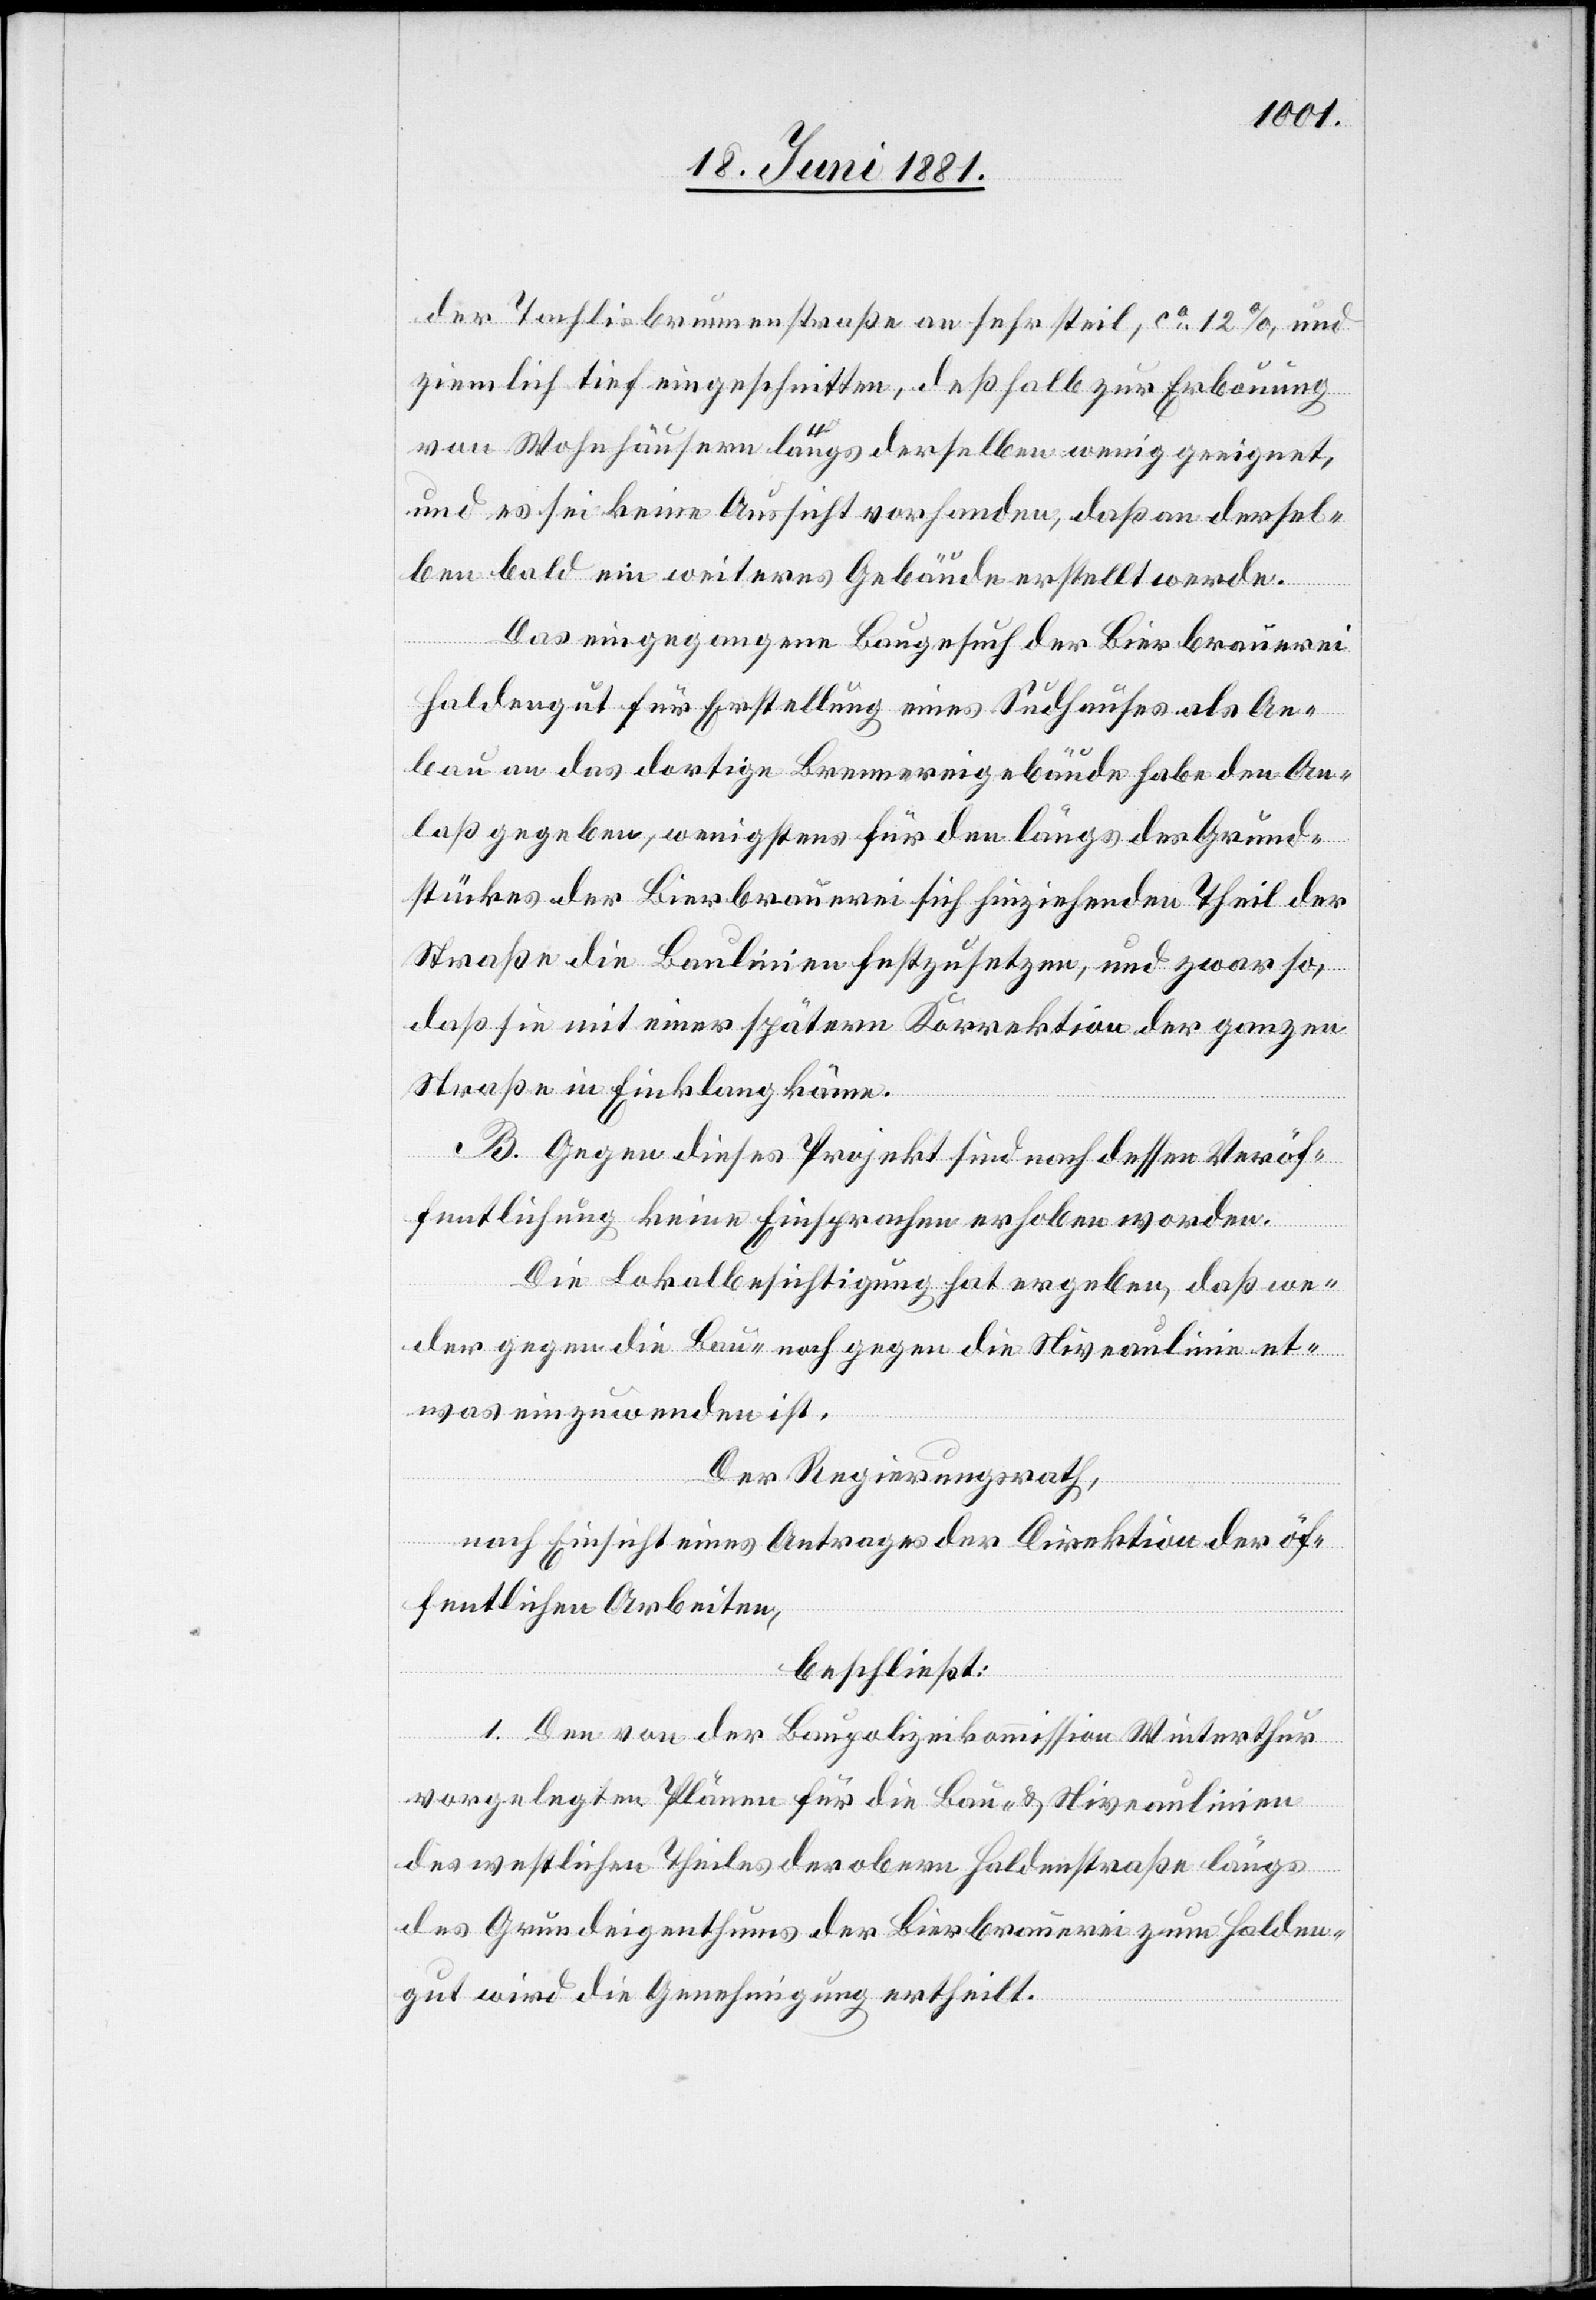
der Tachlisbrunnenstraße an sehr steil, ca 12%, und
ziemliche tief eingeschnitten, deßhalb zur Erbauung
von Wohnhäusern längs derselben wenig geeignet,
und es sei keine Aussicht vorhanden, daß an dersel¬
ben bald ein weiteres Gebäude erstellt werde.
Das eingegangene Baugesuch der Bierbrauerei
Haldengut für Erstellung eines Sudhauses als An¬
bau an das dortige Brennereigebäude habe den An¬
laß gegeben, wenigstens für den längs des Grund¬
stückes der Bierbrauerei sich hinziehenden Theil der
Straße die Baulinien festzusetzen, und zwar so,
daß sie mit einer spätern Korrektion der ganzen
Straße in Einklang käme.
B. Gegen dieses Projekt sind nach dessen Veröf¬
fentlichung keine Einsprachen erhoben worden.
Die Lokalbesichtigung hat ergeben, daß we¬
der gegen die Bau- noch gegen die Niveaulinie et¬
was einzuwenden ist.
Der Regierungsrath,
nach Einsicht eines Antrages der Direktion der öf¬
fentlichen Arbeiten,
beschließt:
1. Den von der Baupolizeikommission Winterthur
vorgelegten Plänen für die Bau- & Niveaulinien
des westlichen Theils der obern Haldenstraße längs
des Grundeigenthums der Bierbrauerei zum Halden¬
gut wird die Genehmigung ertheilt.